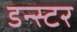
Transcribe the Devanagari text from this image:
डन्स्टर